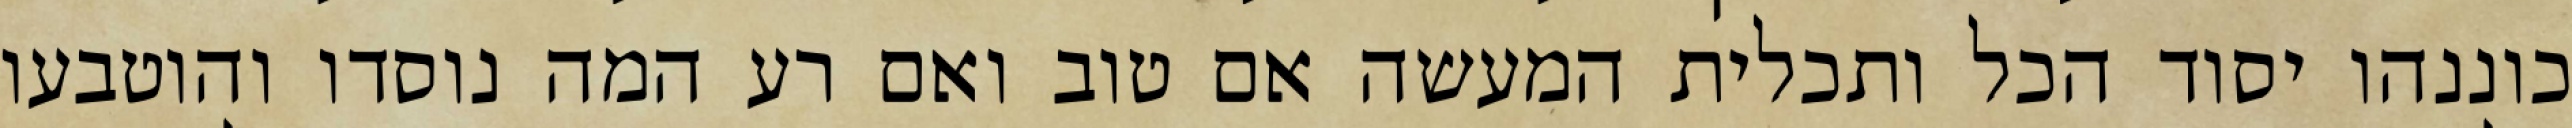
כוננהו יסוד הכל ותכלית המעשה אם טוב ואם רע המה נוסדו והוטבעו